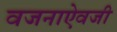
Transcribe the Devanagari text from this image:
वजनाऐवजी